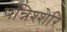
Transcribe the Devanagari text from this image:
पन्निश्शेरि